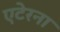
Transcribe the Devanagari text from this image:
एटेरना